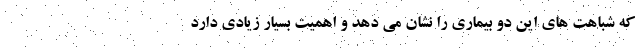
که شباهت های این دو بیماری را نشان می دهد و اهمیت بسیار زیادی دارد